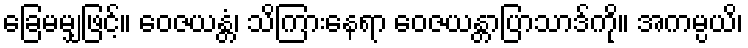
ခြေမမျှဖြင့်။ ဝေဇယန္တံ၊ သိကြားနေရာ ဝေဇယန္တာပြာသာဒ်ကို။ အကမ္ပယိ၊